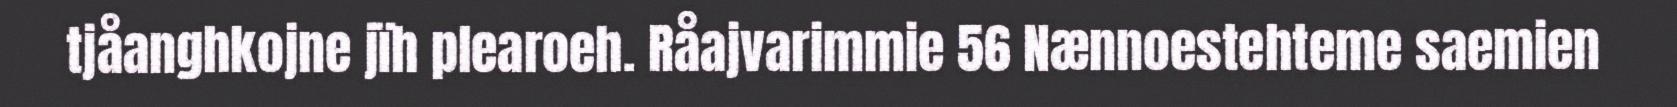
tjåanghkojne jïh plearoeh. Råajvarimmie 56 Nænnoestehteme saemien